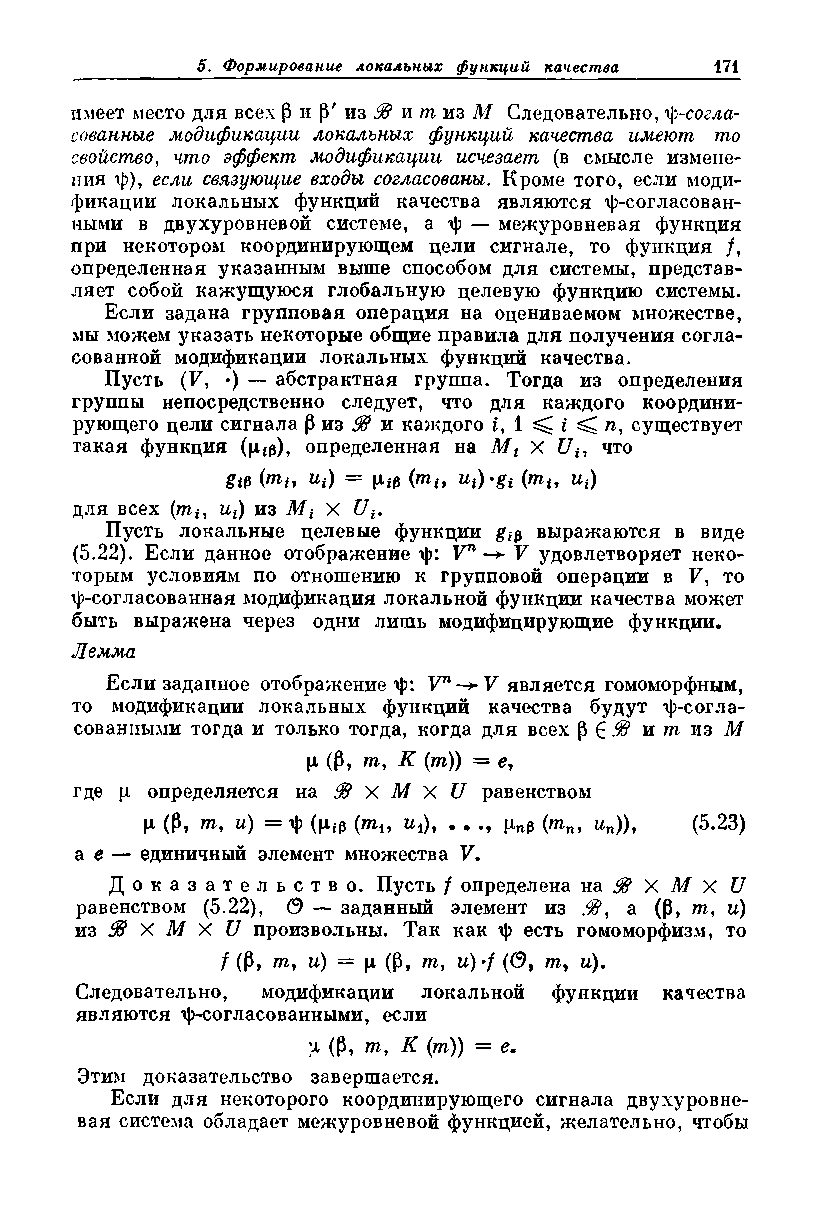
имеет место для всех р и р' из & и т из М Следовательно, ^-согла­
 сованные модификации локальных функций качества имеют то
 свойство, что эффект модификации исчезает (в смысле измене­
 ния ф), если связующие входы согласованы. Кроме того, если моди­
 фикации локальных функций качества являются ф-согласован-
 ными в двухуровневой системе, а ф - межуровневая функция
 при некотором координирующем цели сигнале, то функция /,
 определенная указанным выше способом для системы, представ­
 ляет собой кажущуюся глобальную целевую функцию системы.
 Если задана групповая операция на оцениваемом множестве,
 мы можем указать некоторые общие правила для получения согла­
 сованной модификации локальных функций качества.
 Пусть (F, •) — абстрактная группа. Тогда из определения
 группы непосредственно следует, что для каждого координи­
 рующего цели сигнала Р из 38 и каждого i, 1 ^ i ^ п, существует
 такая функция (ргэ), определенная на Mt X что
 gm (mt, “i) = Ц.з (mt, щ) >gi (mt, u,)
 для всех (mt, ut) из Mt X U
 Пусть локальные целевые функции выражаются в виде
 (5.22). Если данное отображение ф: Vй V удовлетворяет неко­
 торым условиям по отношению к групповой операции в F, то
 ф-согласованная модификация локальной функции качества может
 быть выражена через одни лишь модифицирующие функции*
 Лемма
 Если заданное отображение ф: Vn-+V является гомоморфным,
 то модификации локальных функций качества будут ф-согла-
 сованиыми тогда и только тогда, когда для всех р £ $ и т из М
 ц (Р, т, К (т)) = е,
 где р определяется на $ X М X U равенством
 Ц (Р> т, и) = г|> (ц.гр (ти и,), . . (тп, ип)), (5.23)
 а е — единичный элемент множества V.
 Д о к а з а т е л ь с т в о . Пусть / определена на $ X М X U
 равенством (5.22), (9 — заданный элемент из а (Р, т, и)
 из 38 X М X U произвольны. Так как ф есть гомоморфизм, то
 / (Р, т, и) = ц, (р, т, u)‘f (О, т, и).
 Следовательно, модификации локальной функции качества
 являются ф-согласованными, если
 ]х (Р, т, К (т)) = е.
 Этим доказательство завершается.
 Если для некоторого координирующего сигнала двухуровне­
 вая система обладает межуровневой функцией, желательно, чтобы